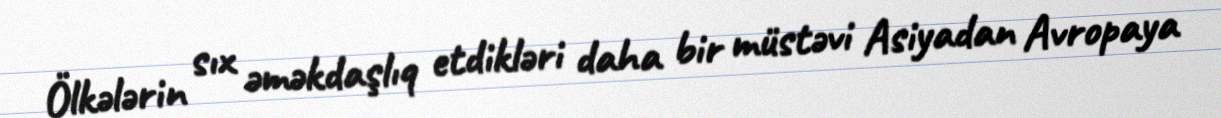
Ölkələrin sıx əməkdaşlıq etdikləri daha bir müstəvi Asiyadan Avropaya